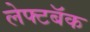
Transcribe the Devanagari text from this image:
लेफ्टबॅक